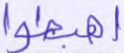
اهبطوا